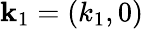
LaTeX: \mathbf{k}_{1}=(k_{1},0)